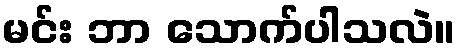
မင်း ဘာ သောက်ပါသလဲ။